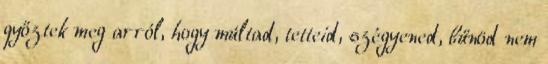
győztek meg arról, hogy múltad, tetteid, szégyened, bűnöd nem